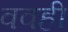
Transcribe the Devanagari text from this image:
ववही